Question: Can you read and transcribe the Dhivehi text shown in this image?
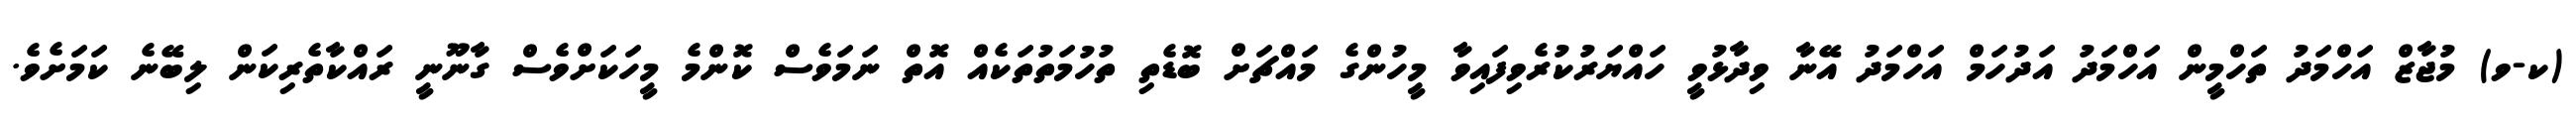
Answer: (ކ-ވ) މުޖާޒް އަހްމަދު ތަހްމީން އަހްމަދު އަދުހަމް އަހްމަދު އޭނާ ވިދާޅުވީ ހައްޔަރުކުރެވިފައިވާ މީހުންގެ މައްޗަށް ބޮޑެތި ތުހުމަތުތަކެއް އޮތް ނަމަވެސް ކޮންމެ މީހަކަށްވެސް ގާނޫނީ ރައްކާތެރިކަން ލިބޭނެ ކަމަށެވެ.